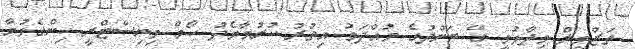
ތަޒްމީލް ވިދާޅުވީ ގޭ ބަންދުގެ މުއްދަތު އިތުރު ކުރުމާމެދު ހޯމް މިނިސްޓްރީ ހިންގެވުމާ